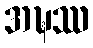
အဍ္ဎဿ